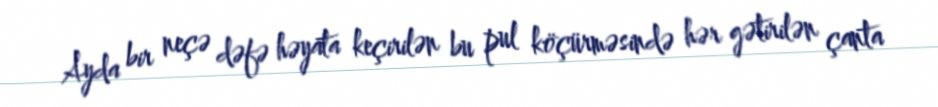
Ayda bir neçə dəfə həyata keçirilən bu pul köçürməsində hər gətirilən çanta